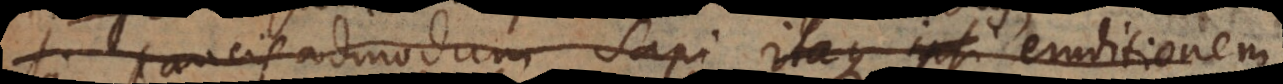
paucis admodum sapi Itaque ipsi eruditionem